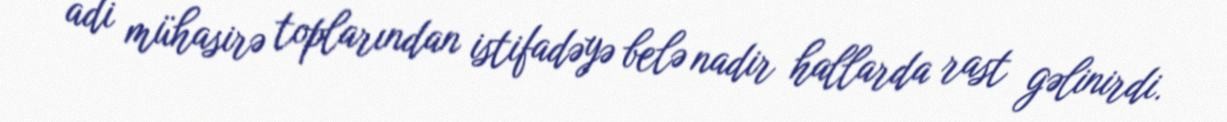
adi mühasirə toplarından istifadəyə belə nadir hallarda rast gəlinirdi.